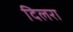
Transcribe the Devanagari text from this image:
दिलरा